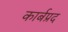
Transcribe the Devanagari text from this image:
कार्बप्रद